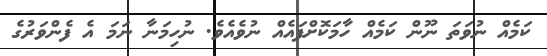
ކަމެއް ނުވަތަ ނޫން ކަމެއް ހާމަކޮށްފައެއް ނުވެއެވެ. ނުހިމަނާ ނަމަ އެ ފެންވަރުގެ